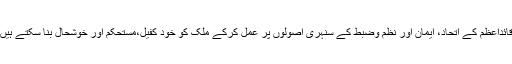
قائداعظم کے اتحاد، ایمان اور نظم وضبط کے سنہری اصولوں پر عمل کرکے ملک کو خود کفیل،مستحکم اور خوشحال بنا سکتے ہیں۔